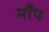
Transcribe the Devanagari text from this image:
माँप